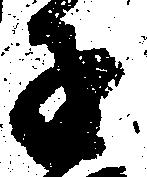
子